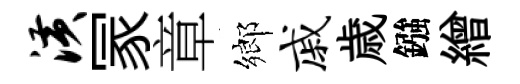
潢冡章鄉戚歳鏹繒